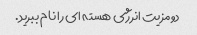
دو مزیت انرژی هسته ای را نام ببرید.